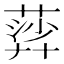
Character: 𦹈